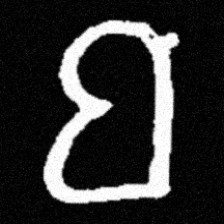
Pyu character \u2014 Myanmar letter: ဗ (romanized: ba)